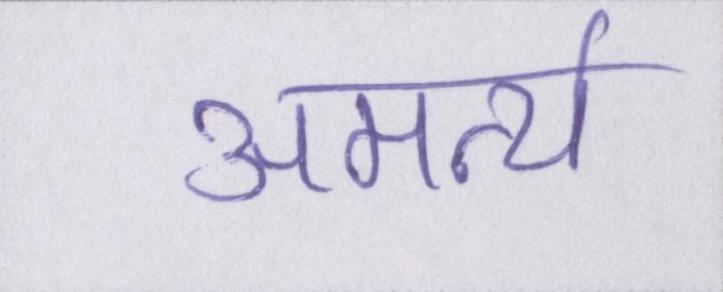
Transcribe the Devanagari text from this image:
अमर्त्य